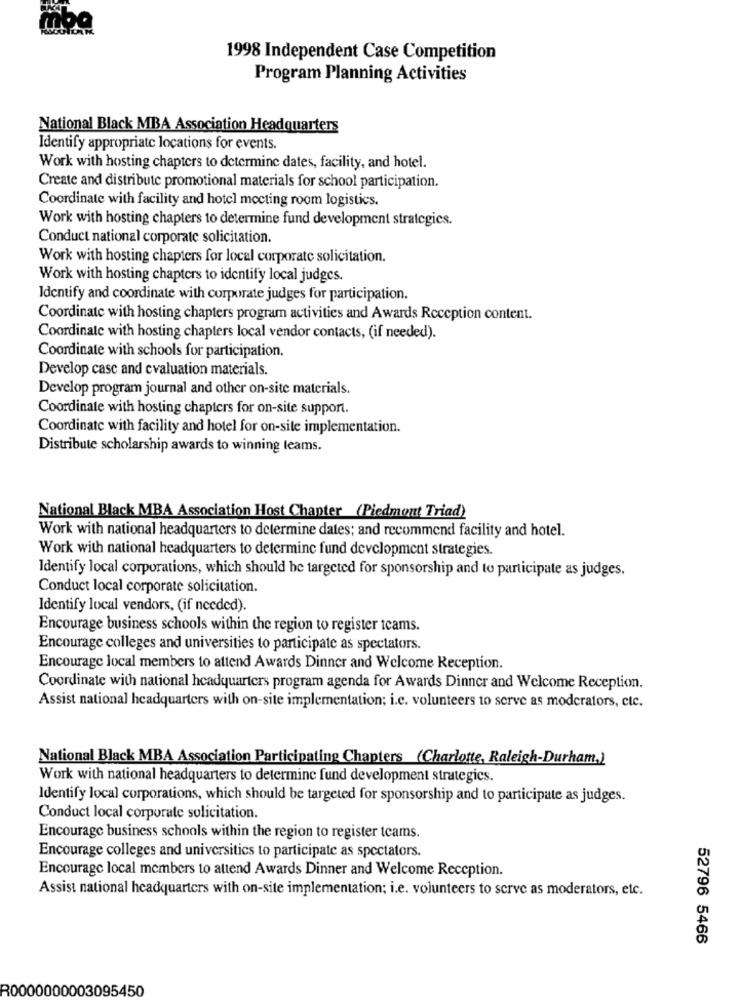
1998 Independent Case Competition
Program Planning Activities
National Black MBA Association Headquarters
Identify appropriate locations for events.
Work with hosting chapters to determine dates, facility, and hotel.
Create and distribute promotional materials for school participation.
Coordinate with facility and hotel meeting room logistics.
Work with hosting chapters to determine fund development strategics.
Conduct national corporate solicitation.
Work with hosting chapters for local corporate solicitation.
Work with hosting chapters to identify local judges.
Identify and coordinate with corporate judges for participation.
Coordinate with hosting chapters program activities and Awards Reception content.
Coordinate with hosting chapters local vendor contacts, (if needed).
Coordinate with schools for participation.
Develop casc and evaluation materials.
Develop program journal and other on-site materials.
Coordinate with hosting chapters for on-site support.
Coordinate with facility and hotel for on-site implementation.
Distribute scholarship awards to winning teams.
National Black MBA Association Host Chapter (Piedmont Triad)
Work with national headquarters to determine dates; and recommend facility and hotel.
Work with national headquarters to determine fund development strategies.
Identify local corporations, which should be targeted for sponsorship and to participate as judges.
Conduct local corporate solicitation.
Identify local vendors, (if needed).
Encourage business schools within the region to register teams.
Encourage colleges and universities to participate as spectators.
Encourage local members to attend Awards Dinner and Welcome Reception.
Coordinate with national headquarters program agenda for Awards Dinner and Welcome Reception.
Assist national headquarters with on-site implementation; i.c. volunteers to serve as moderators, etc.
National Black MBA Association Participating Chapters (Charlotte, Raleigh-Durham,)
Work with national headquarters to determine fund development strategics.
Identify local corporations, which should be targeted for sponsorship and to participate as judges.
Conduct local corporate solicitation.
Encourage business schools within the region to register teams.
Encourage colleges and universities to participate as spectators.
Encourage local members to attend Awards Dinner and Welcome Reception.
Assist national headquarters with on-site implementation; i.e. volunteers to serve as moderators, etc.
52796 5466
R0000000003095450